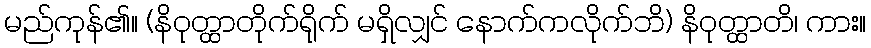
မည်ကုန်၏။ (နိဝုတ္ထာတိုက်ရိုက် မရှိလျှင် နောက်ကလိုက်ဘိ) နိဝုတ္ထာတိ၊ ကား။